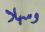
وسهلا